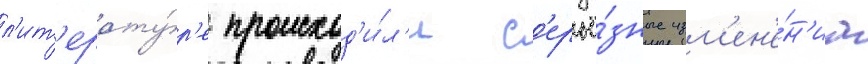
л'ит'ерату́р'е происход'и́л'и с'ерьё́зные изм'ен'е́н'иа